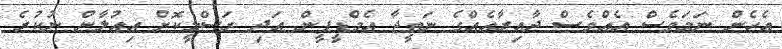
އެހެން ނަމަވެސް އެއްވެސް ދާއިރާއެއްގެ ނަތީޖާ އެމްޑީޕީން އަދި ރަސްމީކޮށް އިއުލާން ނުކުރެ